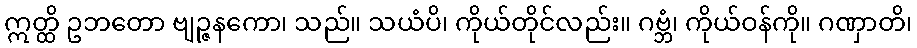
ဣတ္ထိ ဥဘတော ဗျဉ္ဇနကော၊ သည်။ သယံပိ၊ ကိုယ်တိုင်လည်း။ ဂဗ္ဘံ၊ ကိုယ်ဝန်ကို။ ဂဏှာတိ၊